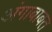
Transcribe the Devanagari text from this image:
अंगाबाबत